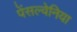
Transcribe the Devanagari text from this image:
पेंसल्वेनिया